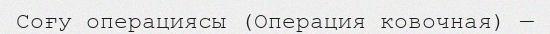
Соғу операциясы (Операция ковочная) —